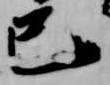
巳